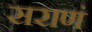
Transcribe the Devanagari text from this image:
सराणं